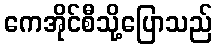
ကေအိုင်စီသို့ပြောသည်